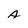
Character: A